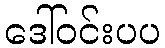
ဒေါ်ဝင်းပပ